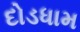
દોડધામ